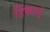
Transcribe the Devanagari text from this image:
डिंकाचे